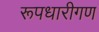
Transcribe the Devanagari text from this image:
रूपधारीगण